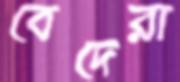
বেদেরা